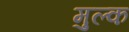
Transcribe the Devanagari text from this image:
मुल्‍क